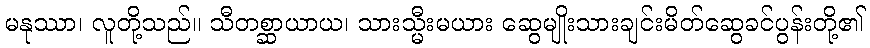
မနုဿာ၊ လူတို့သည်။ သီတစ္ဆာယာယ၊ သားသ္မီးမယား ဆွေမျိုးသားချင်းမိတ်ဆွေခင်ပွန်းတို့၏